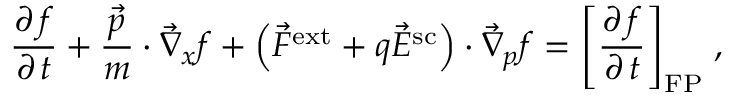
\frac { \partial \, f } { \partial \, t } + \frac { \vec { p } } { m } \cdot \vec { \nabla } _ { x } f + \left( \vec { F } ^ { \mathrm { e x t } } + q \vec { E } ^ { \mathrm { s c } } \right) \cdot \vec { \nabla } _ { p } f = { \left[ \frac { \partial \, f } { \partial \, t } \right] } _ { \mathrm { F P } } \; ,